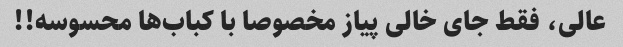
عالی، فقط جای خالی پیاز مخصوصا با کباب‌ها محسوسه!!